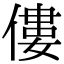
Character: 僂